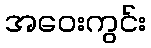
အဝေးကွင်း